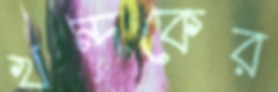
খন্দকের